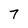
Character: 7